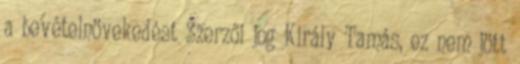
a bevételnövekedést Szerzői jog Király Tamás, ez nem jött